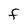
Character: F